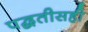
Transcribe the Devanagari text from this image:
पद्धतीसही